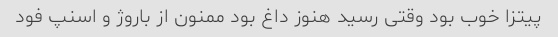
پیتزا خوب بود وقتی رسید هنوز داغ بود ممنون از باروژ و اسنپ فود